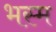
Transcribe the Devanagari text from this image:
भस्‍म